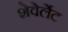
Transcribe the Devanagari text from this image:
शेवेर्लेट